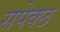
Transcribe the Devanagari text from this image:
सपेक्छ